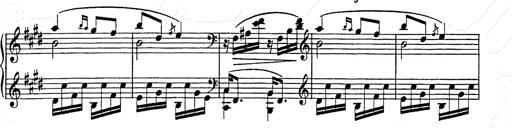
Title: Hungarian Rhapsody No.9
Composer: Franz Liszt
Key: E-flat major